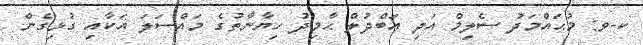
ކ-ވ: މުޙައްމަދު ސެލިމް އަދި ޢަބްދުލް ޙާމިދު ހިޔާނާތުގެ މައްސަލަ އަކާއި ގުޅިގެން